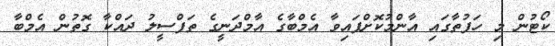
ކޯޓުން މި ހަފުތާގައި އާންމުކޮށްފައިވާ އެމްބާގެ އާމްދަނީގެ ތަފްސީލު ދައްކާ ގޮތުން އެމްބާ